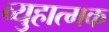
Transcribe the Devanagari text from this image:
व्युहात्मक